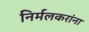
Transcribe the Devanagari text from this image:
निर्मलकरांना